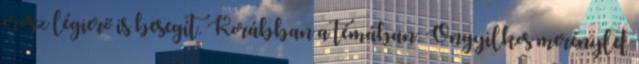
orosz légierő is besegít. Korábban a témában: Öngyilkos merénylet